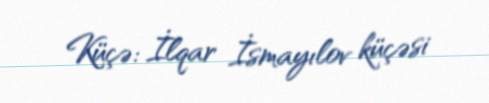
Küçə: İlqar İsmayılov küçəsi